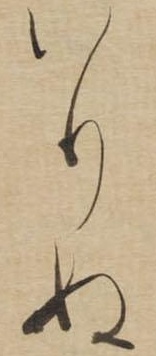
いりぬ